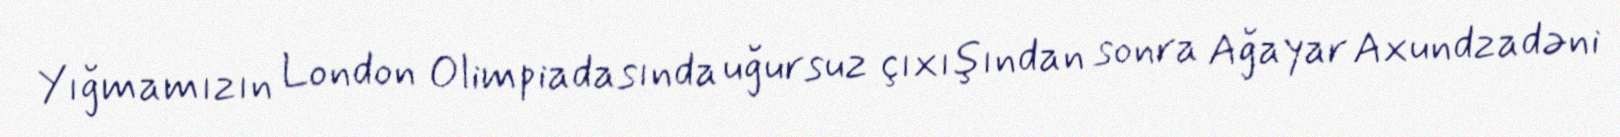
Yığmamızın London Olimpiadasında uğursuz çıxışından sonra Ağayar Axundzadəni